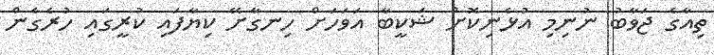
ތިއާގެ ޖަވާބު ނުނިމި އުޅެނިކޮށް ޝަކީބާ އަވަހަށް ހިނގާށޭ ކިޔާފައި ކުރީގައި ހުރެގެން